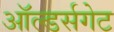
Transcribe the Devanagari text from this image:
ऑल्डर्सगेट